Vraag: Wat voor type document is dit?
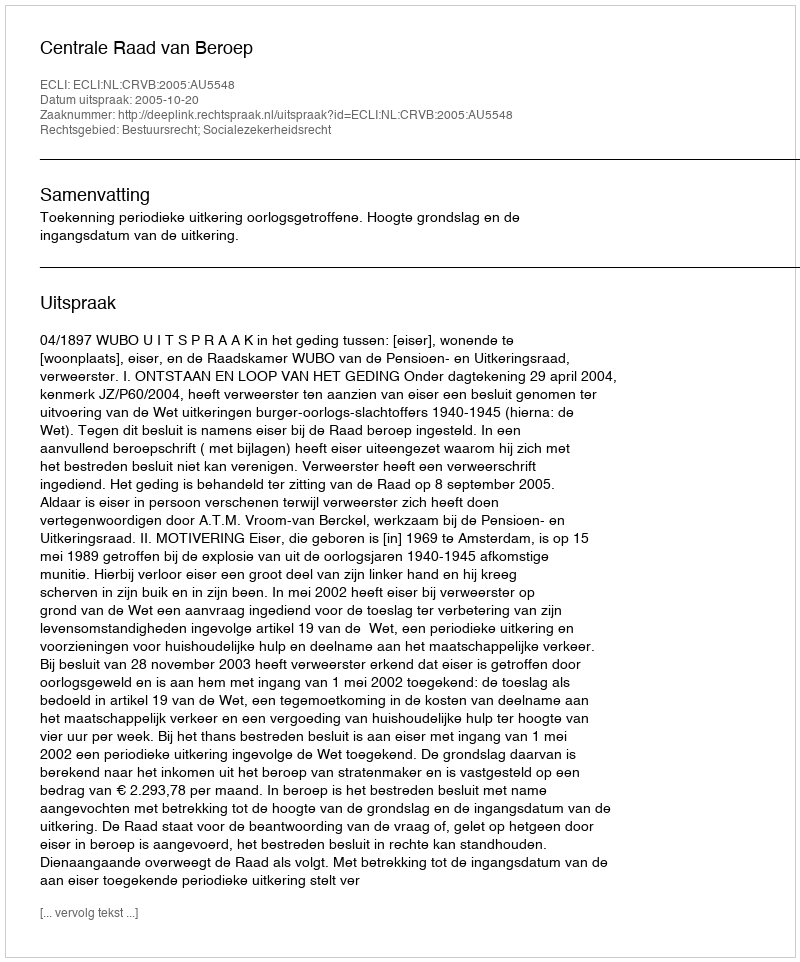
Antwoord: Uitspraak